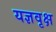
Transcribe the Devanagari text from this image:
यज्ञवृक्ष